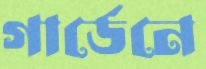
গার্ডেনে